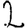
Digit: 2